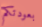
بعودتكم